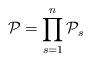
LaTeX: \begin{align*}{\cal P} = \prod\limits_{s=1}^n {{\cal P}}_s\end{align*}